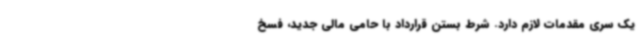
یک سری مقدمات لازم دارد. شرط بستن قرارداد با حامی مالی جدید،‌ فسخ